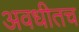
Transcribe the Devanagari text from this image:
अवधीतच